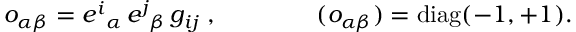
o _ { \alpha \beta } = e ^ { i } { } _ { \alpha } \, e ^ { j } { } _ { \beta } \, g _ { i j } \; , \qquad \qquad ( o _ { \alpha \beta } ) = \mathrm { d i a g } ( - 1 , + 1 ) .